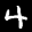
Label: 4